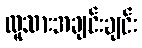
လူသားအချင်းချင်း